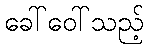
ခေါ်ဝေါ်သည့်